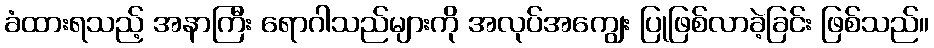
ခံထားရသည့် အနာကြီး ရောဂါသည်များကို အလုပ်အကျွေး ပြုဖြစ်လာခဲ့ခြင်း ဖြစ်သည်။